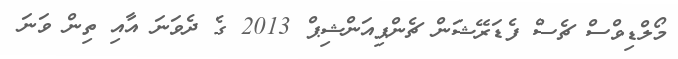
މޯލްޑިވްސް ޗެސް ފެޑަރޭޝަން ޗެންޕިއަންޝިޕް 2013 ގެ ދެވަނަ އާއި ތިން ވަނަ